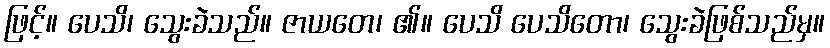
ဖြင့်။ ပေသိ၊ သွေးခဲသည်။ ဇာယတေ၊ ၏။ ပေသိ ပေသိတော၊ သွေးခဲဖြစ်သည်မှ။